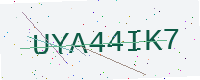
Text: UYA44IK7